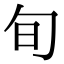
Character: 旬